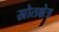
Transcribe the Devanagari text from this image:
स्रोतक्षेत्र